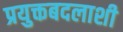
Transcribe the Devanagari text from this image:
प्रयुक्तबदलाशी